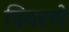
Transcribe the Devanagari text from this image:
विवरणे